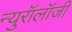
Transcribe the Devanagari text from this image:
न्युरॉलॉजी